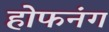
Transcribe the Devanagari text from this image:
होफनंग